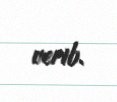
verib.